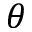
\theta